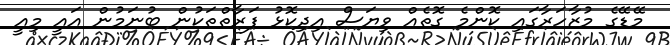
މޭޑޭގެ މުޒާހަރާގައި ކޮންމެ ގޮތެއް ވިޔަސް އިދިކޮޅު ފަރާތްތަކުން ބުނަމުން އައީ މިއީ